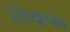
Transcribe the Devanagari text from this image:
लेकरूं